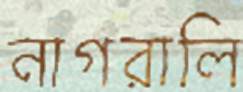
নাগরালি